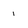
Character: 1